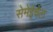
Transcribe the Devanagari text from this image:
सेमेईचेल